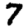
Digit: 7